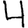
Digit: 4